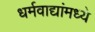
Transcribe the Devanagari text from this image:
धर्मवाद्यांमध्ये